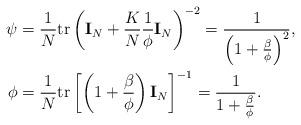
LaTeX: \begin{align*}\psi &= \frac{1}{N} \mathrm{tr}\left( \mathbf{I}_N + \frac{K}{N} \frac{1}{\phi} \mathbf{I}_N \right)^{-2}= \frac{1}{\left( 1 + \frac{\beta}{\phi} \right)^2},\\ \phi &= \frac{1}{N} \mathrm{tr}\left[ \left( 1 + \frac{\beta}{\phi} \right) \mathbf{I}_N \right]^{-1}= \frac{1}{1+\frac{\beta}{\phi}}.\end{align*}